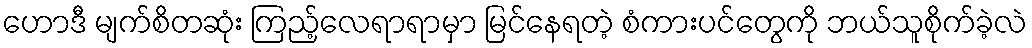
ဟောဒီ မျက်စိတဆုံး ကြည့်လေရာရာမှာ မြင်နေရတဲ့ စံကားပင်တွေကို ဘယ်သူစိုက်ခဲ့လဲ